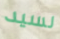
لسيد